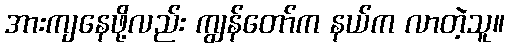
အားကျနေဖို့လည်း ကျွန်တော်က နယ်က လာတဲ့သူ။